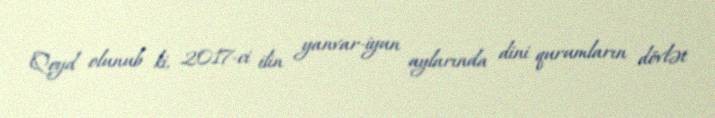
Qeyd olunub ki, 2017-ci ilin yanvar-iyun aylarında dini qurumların dövlət